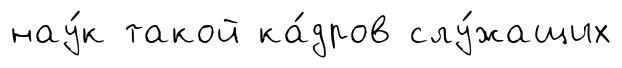
нау́к такой ка́дров слу́жащих